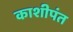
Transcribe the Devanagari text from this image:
काशीपंत